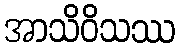
အာသိဝိသဿ